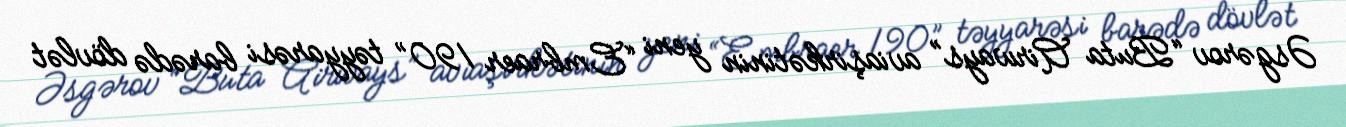
Əsgərov “Buta Airways” aviaşirkətinin yeni “Embraer 190” təyyarəsi barədə dövlət